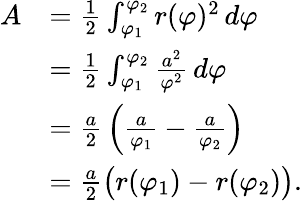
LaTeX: {\begin{array}{rl}{A}&{={\frac{1}{2}}\int_{\varphi_{1}}^{\varphi_{2}}r(\varphi)^{2}\, d\varphi}\\ &{={\frac{1}{2}}\int_{\varphi_{1}}^{\varphi_{2}}{\frac{a^{2}}{\varphi^{2}}}\, d\varphi}\\ &{={\frac{a}{2}}\left({\frac{a}{\varphi_{1}}}-{\frac{a}{\varphi_{2}}}\right)}\\ &{={\frac{a}{2}}{\bigl(}r(\varphi_{1})-r(\varphi_{2}){\bigr)}.}\end{array}}